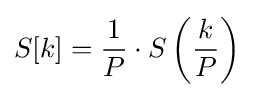
S[k]={\frac {1}{P}}\cdot S\left({\frac {k}{P}}\right)